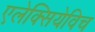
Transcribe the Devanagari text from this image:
एलेक्सियेविच